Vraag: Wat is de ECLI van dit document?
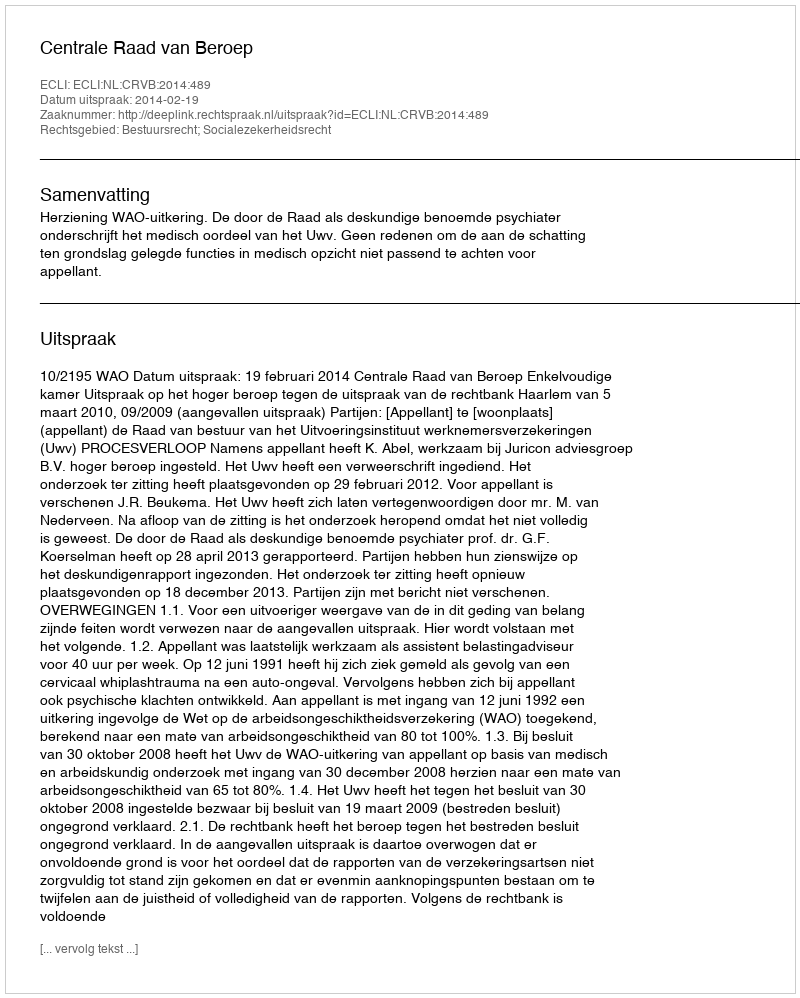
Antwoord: ECLI:NL:CRVB:2014:489